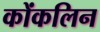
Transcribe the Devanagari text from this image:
कोंकलिन